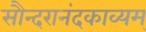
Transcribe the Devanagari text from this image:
सौन्दरानंदकाव्यम्